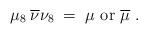
LaTeX: \begin{align*}\mu_8\: \overline{\nu} \nu_8 \;=\; \mu {\mbox{ or }} \overline{\mu}\;.\end{align*}